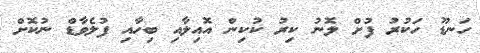
ހަނޑޫ ހަކުރު ފުށް ލޮނު ކިރު ކުކިން އޮއިލާއި ބިހާއި ފުލެވާޑް ނުކޮށް